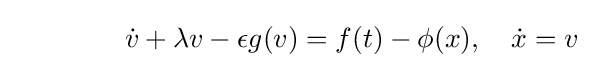
\qquad \qquad {\dot {v}}+\lambda v-\epsilon g(v)=f(t)-\phi (x),\quad {\dot {x}}=v